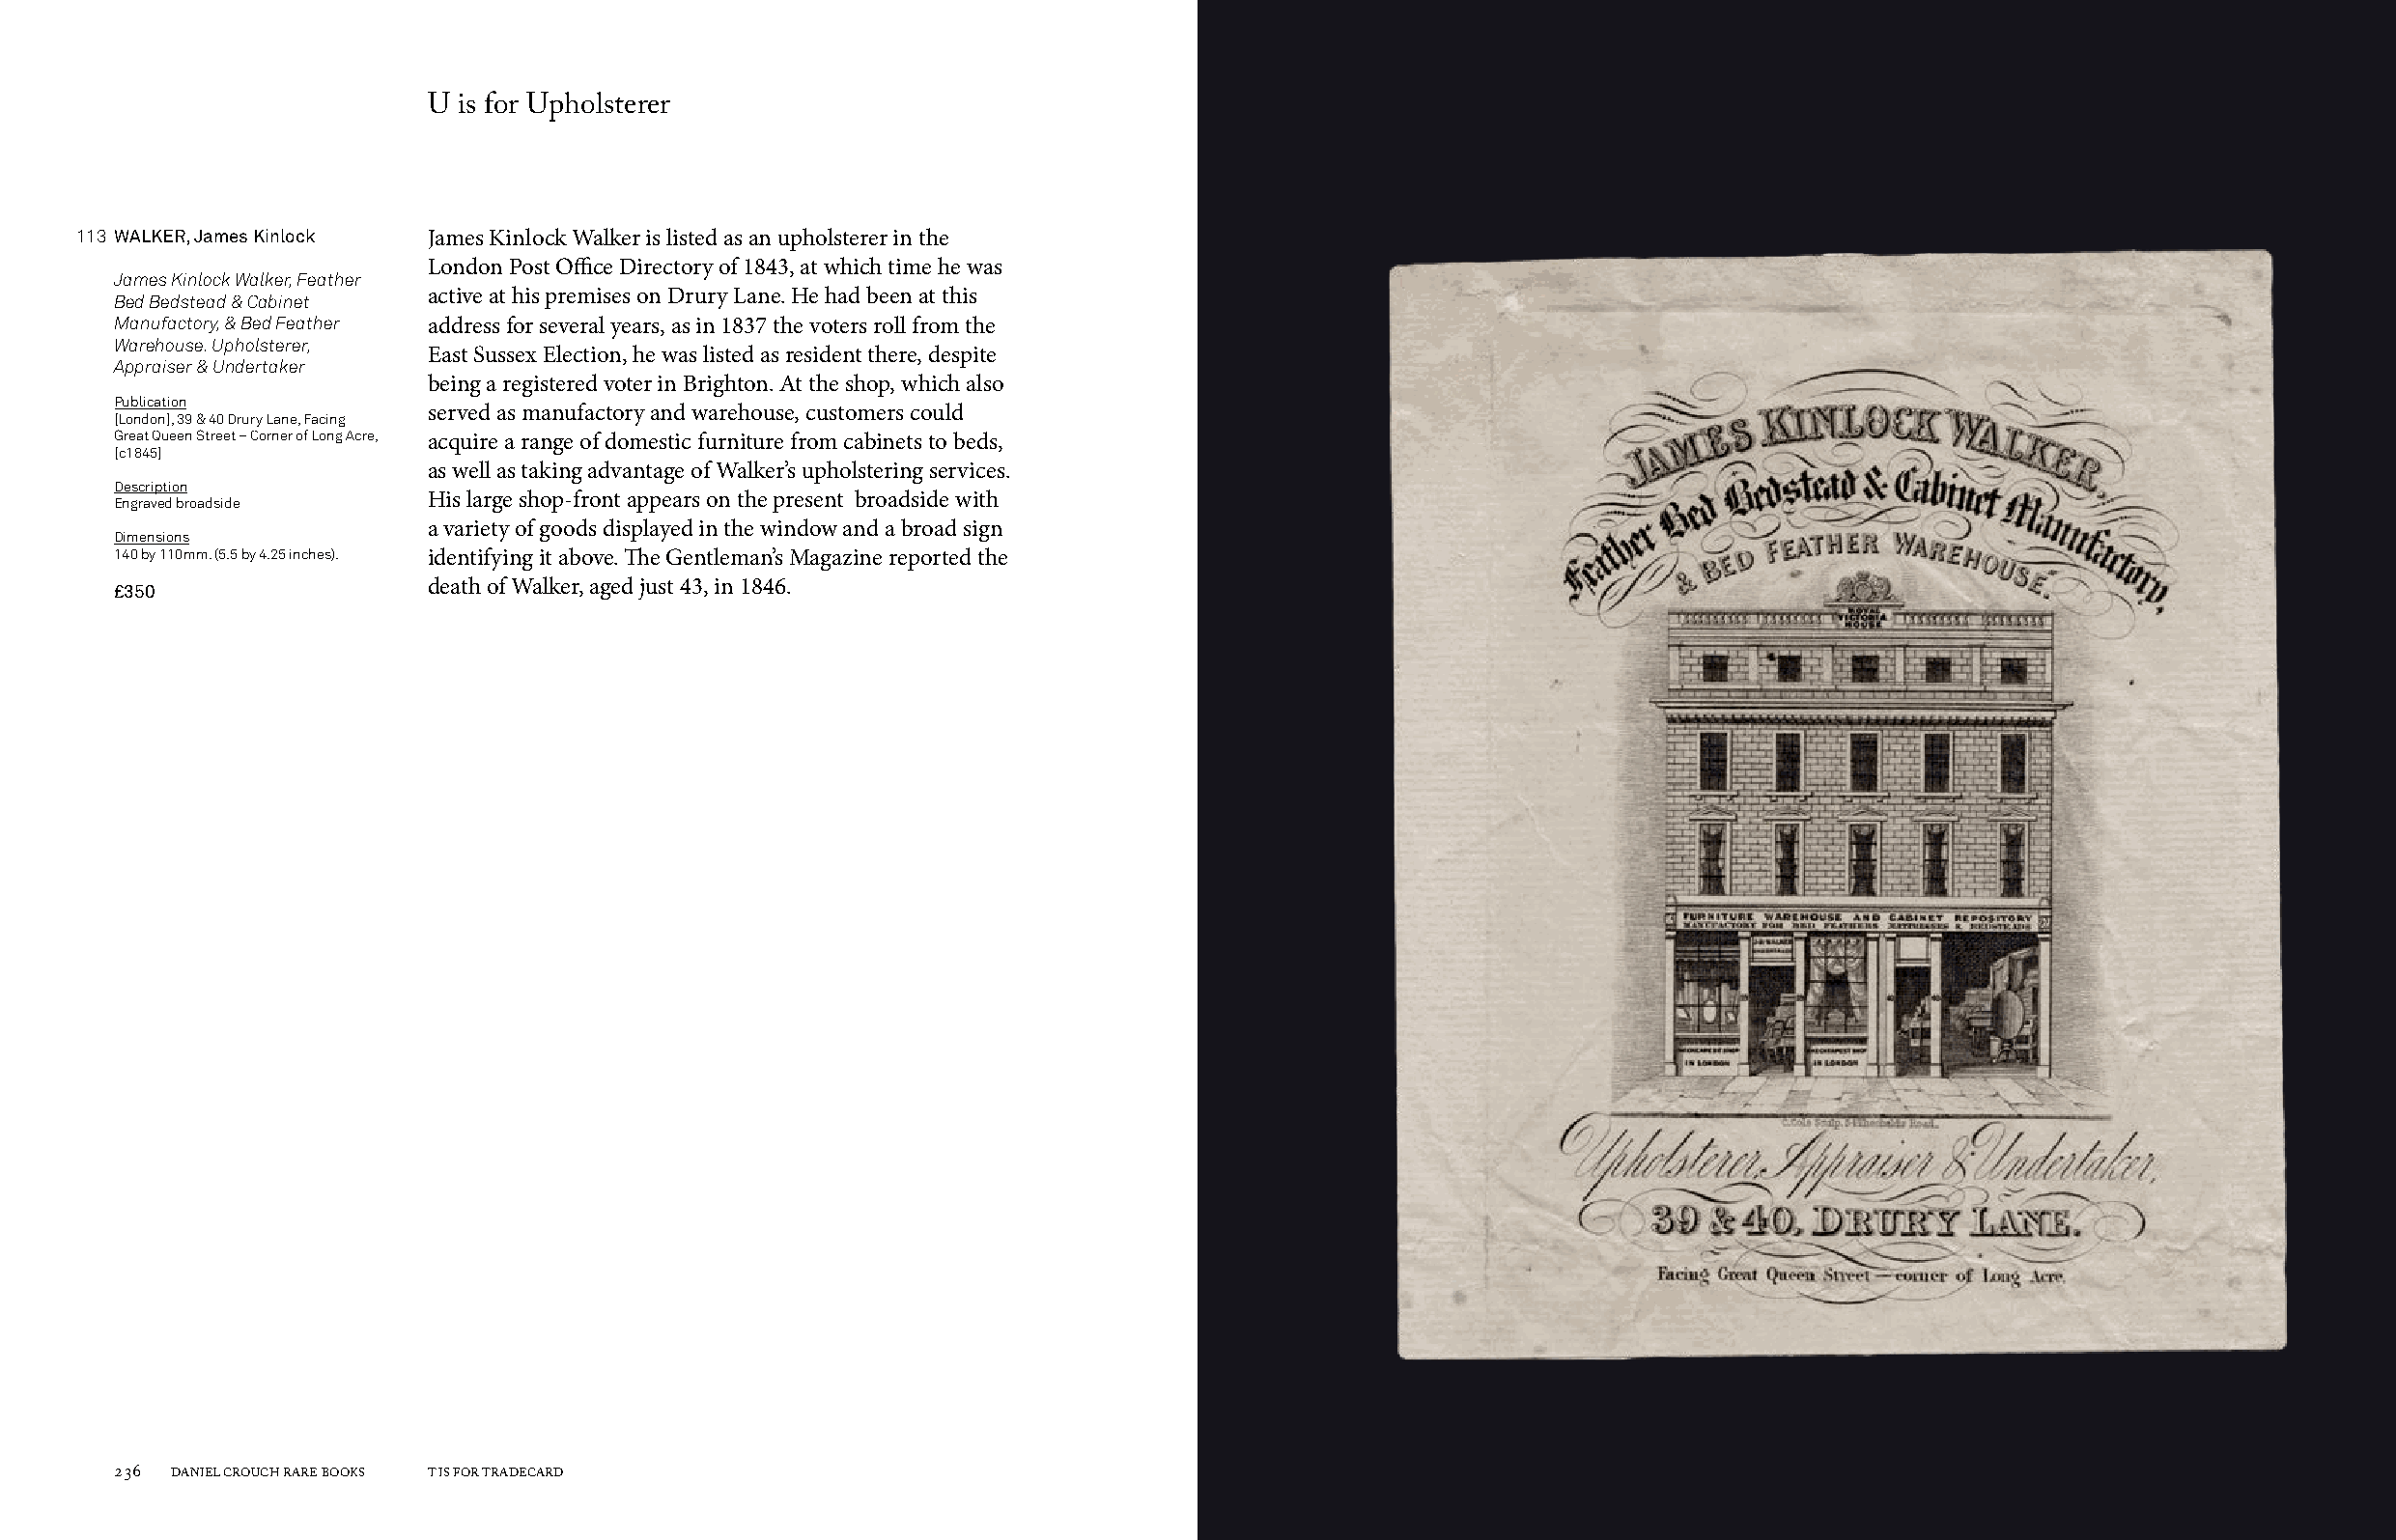
U is for Upholsterer
 113 WALKER, James Kinlock James Kinlock Walker is listed as an upholsterer in the
 London Post Office Directory of 1843, at which time he was
 James Kinlock Walker, Feather
 Bed Bedstead & Cabinet active at his premises on Drury Lane. He had been at this
 Manufactory, & Bed Feather address for several years, as in 1837 the voters roll from the
 Warehouse. Upholsterer,
 East Sussex Election, he was listed as resident there, despite
 Appraiser & Undertaker
 being a registered voter in Brighton. At the shop, which also
 Publication
 served as manufactory and warehouse, customers could
 [London], 39 & 40 Drury Lane, Facing
 Great Queen Street – Corner of Long Acre, acquire a range of domestic furniture from cabinets to beds,
 [c1845]
 as well as taking advantage of Walker’s upholstering services.
 Description
 His large shop-front appears on the present broadside with
 Engraved broadside
 a variety of goods displayed in the window and a broad sign
 Dimensions
 140 by 110mm. (5.5 by 4.25 inches). identifying it above. The Gentleman’s Magazine reported the
 £350                 death of Walker, aged just 43, in 1846.
 236 DANIEL CROUCH RARE BOOKS T IS FOR TRADECARD                                                                       T IS FOR TRADECARD DANIEL CROUCH RARE BOOKS 237